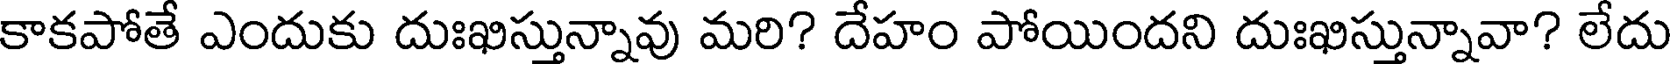
కాకపోతే ఎందుకు దుఃఖిస్తున్నావు మరి? దేహం పోయిందని దుఃఖిస్తున్నావా? లేదు